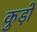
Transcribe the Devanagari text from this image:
कुड़ों